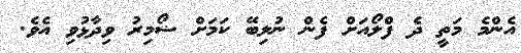
އެންމެ މަތީ ދެ ފްލޯއަށް ފެން ނުލިބޭ ކަމަށް ޟޯމިރު ވިދާޅުވި އެވެ.